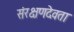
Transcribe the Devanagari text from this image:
संरक्षणदेवता